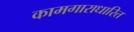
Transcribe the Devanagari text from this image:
कामगाराधारित